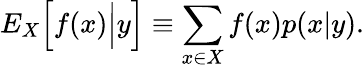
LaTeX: {E}_{X}\Big[f(x)\Big|y\Big]\equiv\sum_{x\in X}f(x)p(x|y).